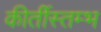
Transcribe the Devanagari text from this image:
कीर्तीस्तम्भ